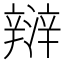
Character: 㵷